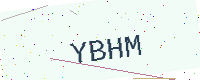
Text: YBHM